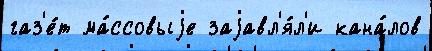
газ'е́т ма́ссовыjе заjавл'я́л'и кана́лов